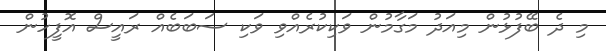
މި ދެ ބޭފުޅުން މިއަދު މަގާމުން ވަކިކުރެއްވި ވަކި ސަބަބެއް ރައީސް އޮފީހުން